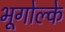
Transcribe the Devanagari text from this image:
भूगोल्के